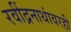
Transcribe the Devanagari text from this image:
रवींद्रनाथांवरही